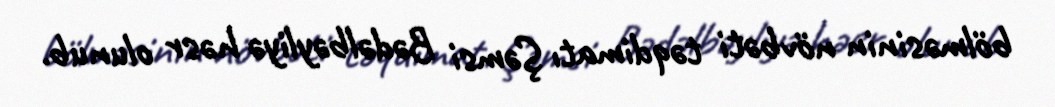
bölməsinin növbəti təqdimatı Şəmsi Bədəlbəyliyə həsr olunub.